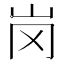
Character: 岗